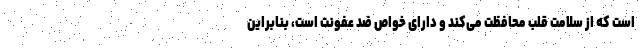
است که از سلامت قلب محافظت می‌کند و دارای خواص ضد عفونت است، بنابراین